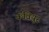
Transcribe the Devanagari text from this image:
कवियूर